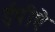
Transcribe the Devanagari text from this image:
ईपीऐ